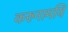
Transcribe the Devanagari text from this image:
करुनामयि